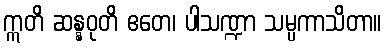
ဣတိ ဆန္နဝုတိ ဧတေ၊ ပါသဏ္ဍာ သမ္ပကာသိတာ။